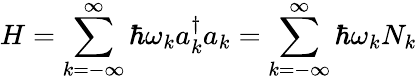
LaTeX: H=\sum_{k=-\infty}^{\infty}\hbar\omega_{k}a_{k}^{\dagger}a_{k}=\sum_{k=-\infty}^{\infty}\hbar\omega_{k}N_{k}